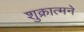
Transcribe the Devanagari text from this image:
शुक्रात्मने